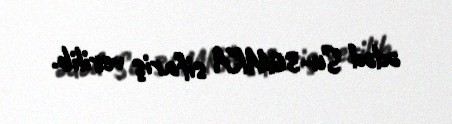
ədəd Su-30MKA sifariş verilib.